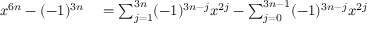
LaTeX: \begin{array} { r l } { x ^ { 6 n } - ( - 1 ) ^ { 3 n } } & { { } = \sum _ { j = 1 } ^ { 3 n } ( - 1 ) ^ { 3 n - j } x ^ { 2 j } - \sum _ { j = 0 } ^ { 3 n - 1 } ( - 1 ) ^ { 3 n - j } x ^ { 2 j } } \end{array}